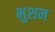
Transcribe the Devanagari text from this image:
भुशन